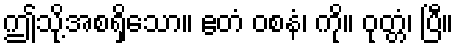
ဤသို့အစရှိသော။ ဧတံ ဝစနံ၊ ကို။ ဝုတ္တံ၊ ပြီ။